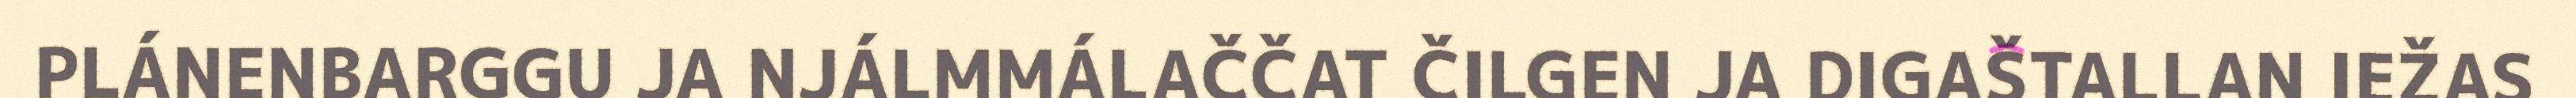
PLÁNENBARGGU JA NJÁLMMÁLAČČAT ČILGEN JA DIGAŠTALLAN IEŽAS